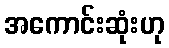
အကောင်းဆုံးဟု